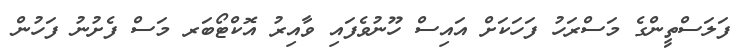
ފަލަސްތީންގެ މަސްރަހު ފަހަކަށް އައިސް ހޫނުވެފައި ވާއިރު އޮކްޓޯބަރ މަސް ފެށުނު ފަހުން